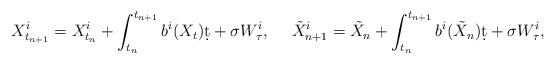
\begin{align*}X_{t_{n+1}}^i = X_{t_n}^i + \int_{t_n}^{t_{n+1}}b^i(X_t)\d t + \sigma W_\tau^i, ~~~~\tilde X_{n+1}^i = \tilde X_n + \int_{t_n}^{t_{n+1}}b^i(\tilde X_n)\d t + \sigma W_\tau^i,\end{align*}